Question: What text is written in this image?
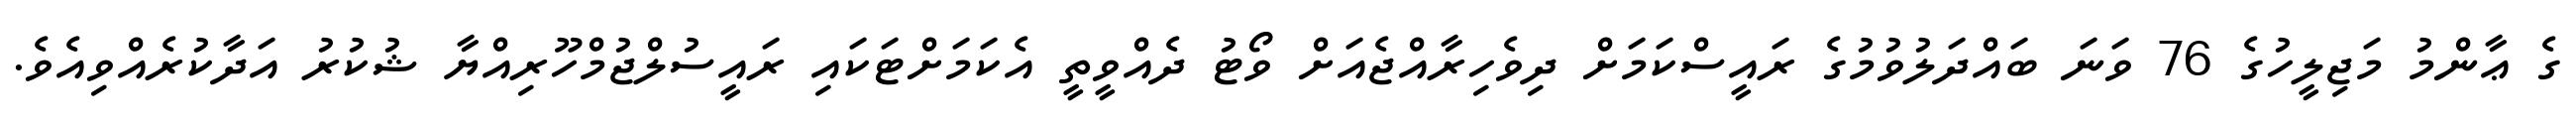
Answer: ގެ ޢާންމު މަޖިލީހުގެ 76 ވަނަ ބައްދަލުވުމުގެ ރައީސްކަމަށް ދިވެހިރާއްޖެއަށް ވޯޓު ދެއްވީތީ އެކަމަށްޓަކައި ރައީސުލްޖުމްހޫރިއްޔާ ޝުކުރު އަދާކުރެއްވިއެވެ.